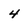
Character: 4